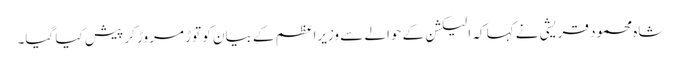
شاہ محمود قریشی نے کہا کہ الیکشن کے حوالے سے وزیراعظم کے بیان کو توڑ مروڑ کر پیش کیا گیا۔